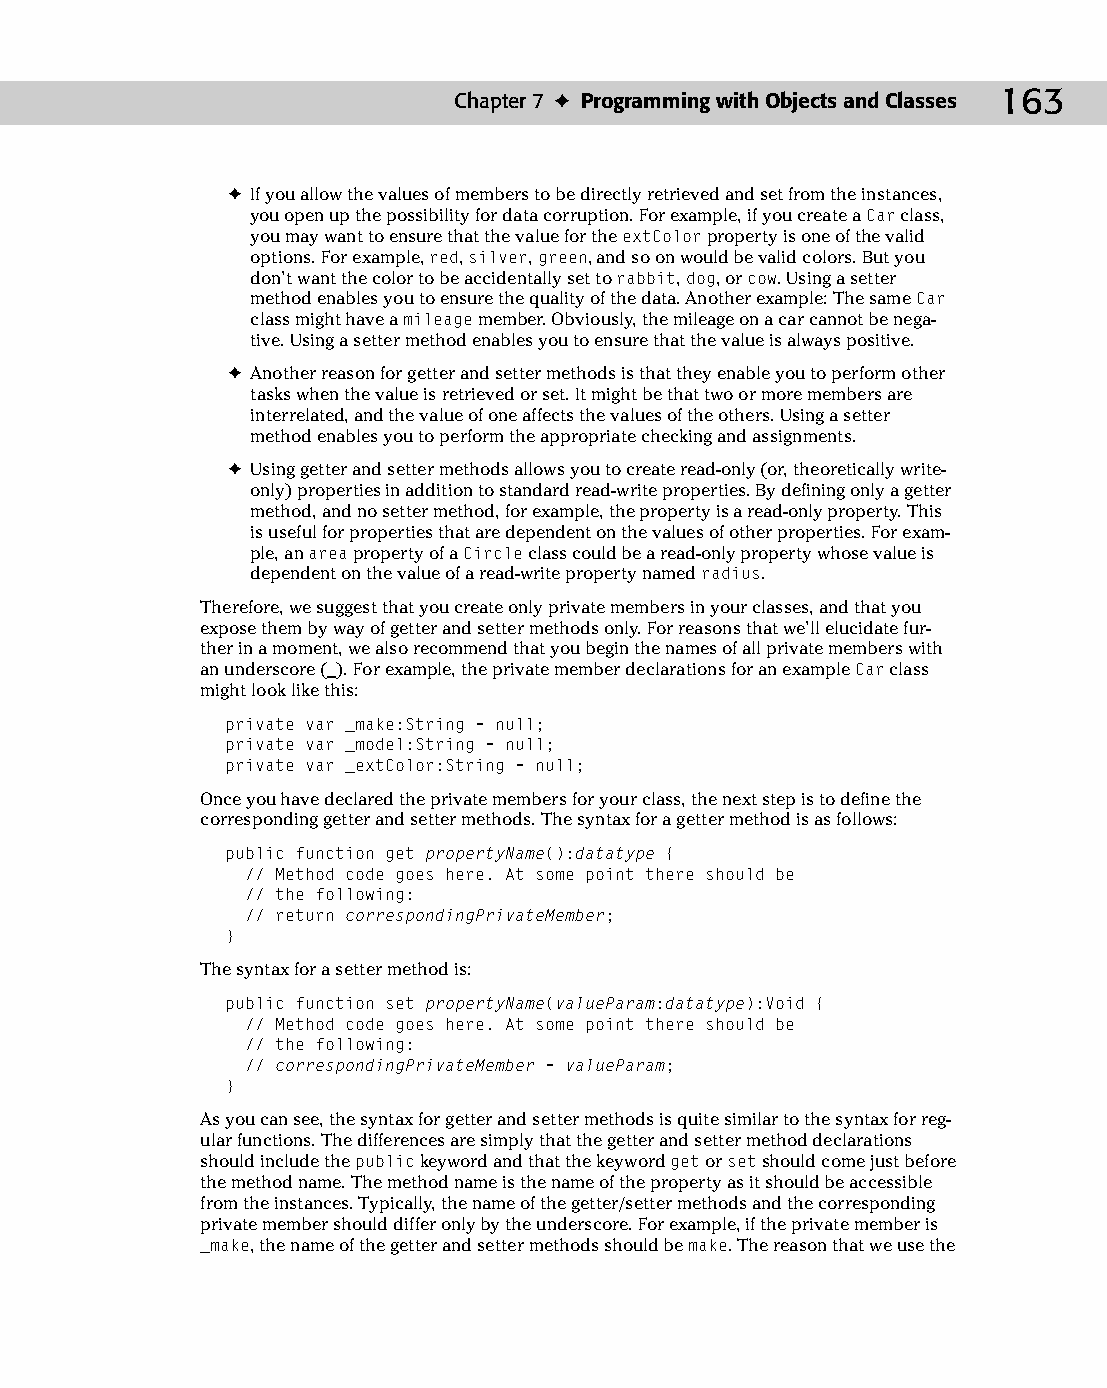
10 543547 ch07.qxd 3/24/04 3:50 PM Page 163
 Chapter 7 ✦ Programming with Objects and Classes 163
 ✦ If you allow the values of members to be directly retrieved and set from the instances,
 you open up the possibility for data corruption. For example, if you create a Car class,
 you may want to ensure that the value for the extColor property is one of the valid
 options. For example, red, silver, green, and so on would be valid colors. But you
 don’t want the color to be accidentally set to rabbit, dog, or cow. Using a setter
 method enables you to ensure the quality of the data. Another example: The same Car
 class might have a mileage member. Obviously, the mileage on a car cannot be nega­
 tive. Using a setter method enables you to ensure that the value is always positive.
 ✦ Another reason for getter and setter methods is that they enable you to perform other
 tasks when the value is retrieved or set. It might be that two or more members are
 interrelated, and the value of one affects the values of the others. Using a setter
 method enables you to perform the appropriate checking and assignments.
 ✦ Using getter and setter methods allows you to create read-only (or, theoretically write-
 only) properties in addition to standard read-write properties. By defining only a getter
 method, and no setter method, for example, the property is a read-only property. This
 is useful for properties that are dependent on the values of other properties. For exam­
 ple, an area property of a Circle class could be a read-only property whose value is
 dependent on the value of a read-write property named radius.
 Therefore, we suggest that you create only private members in your classes, and that you
 expose them by way of getter and setter methods only. For reasons that we’ll elucidate fur­
 ther in a moment, we also recommend that you begin the names of all private members with
 an underscore (_). For example, the private member declarations for an example Car class
 might look like this:
 private var _make:String = null;
 private var _model:String = null;
 private var _extColor:String = null;
 Once you have declared the private members for your class, the next step is to define the
 corresponding getter and setter methods. The syntax for a getter method is as follows:
 public function get propertyName():datatype {
 // Method code goes here. At some point there should be
 // the following:
 // return correspondingPrivateMember;
 }
 The syntax for a setter method is:
 public function set propertyName(valueParam:datatype):Void {
 // Method code goes here. At some point there should be
 // the following:
 // correspondingPrivateMember = valueParam;
 }
 As you can see, the syntax for getter and setter methods is quite similar to the syntax for reg­
 ular functions. The differences are simply that the getter and setter method declarations
 should include the public keyword and that the keyword get or set should come just before
 the method name. The method name is the name of the property as it should be accessible
 from the instances. Typically, the name of the getter/setter methods and the corresponding
 private member should differ only by the underscore. For example, if the private member is
 _make, the name of the getter and setter methods should be make. The reason that we use the